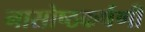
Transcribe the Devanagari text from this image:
नासोष्ठकर्षणी